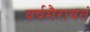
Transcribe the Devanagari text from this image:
वर्षमैरावतं